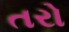
તરો